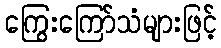
ကြွေးကြော်သံများဖြင့်